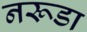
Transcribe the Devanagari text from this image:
नरूडा